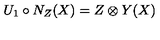
U _ { 1 } \circ N _ { Z } ( X ) = Z \otimes Y ( X )